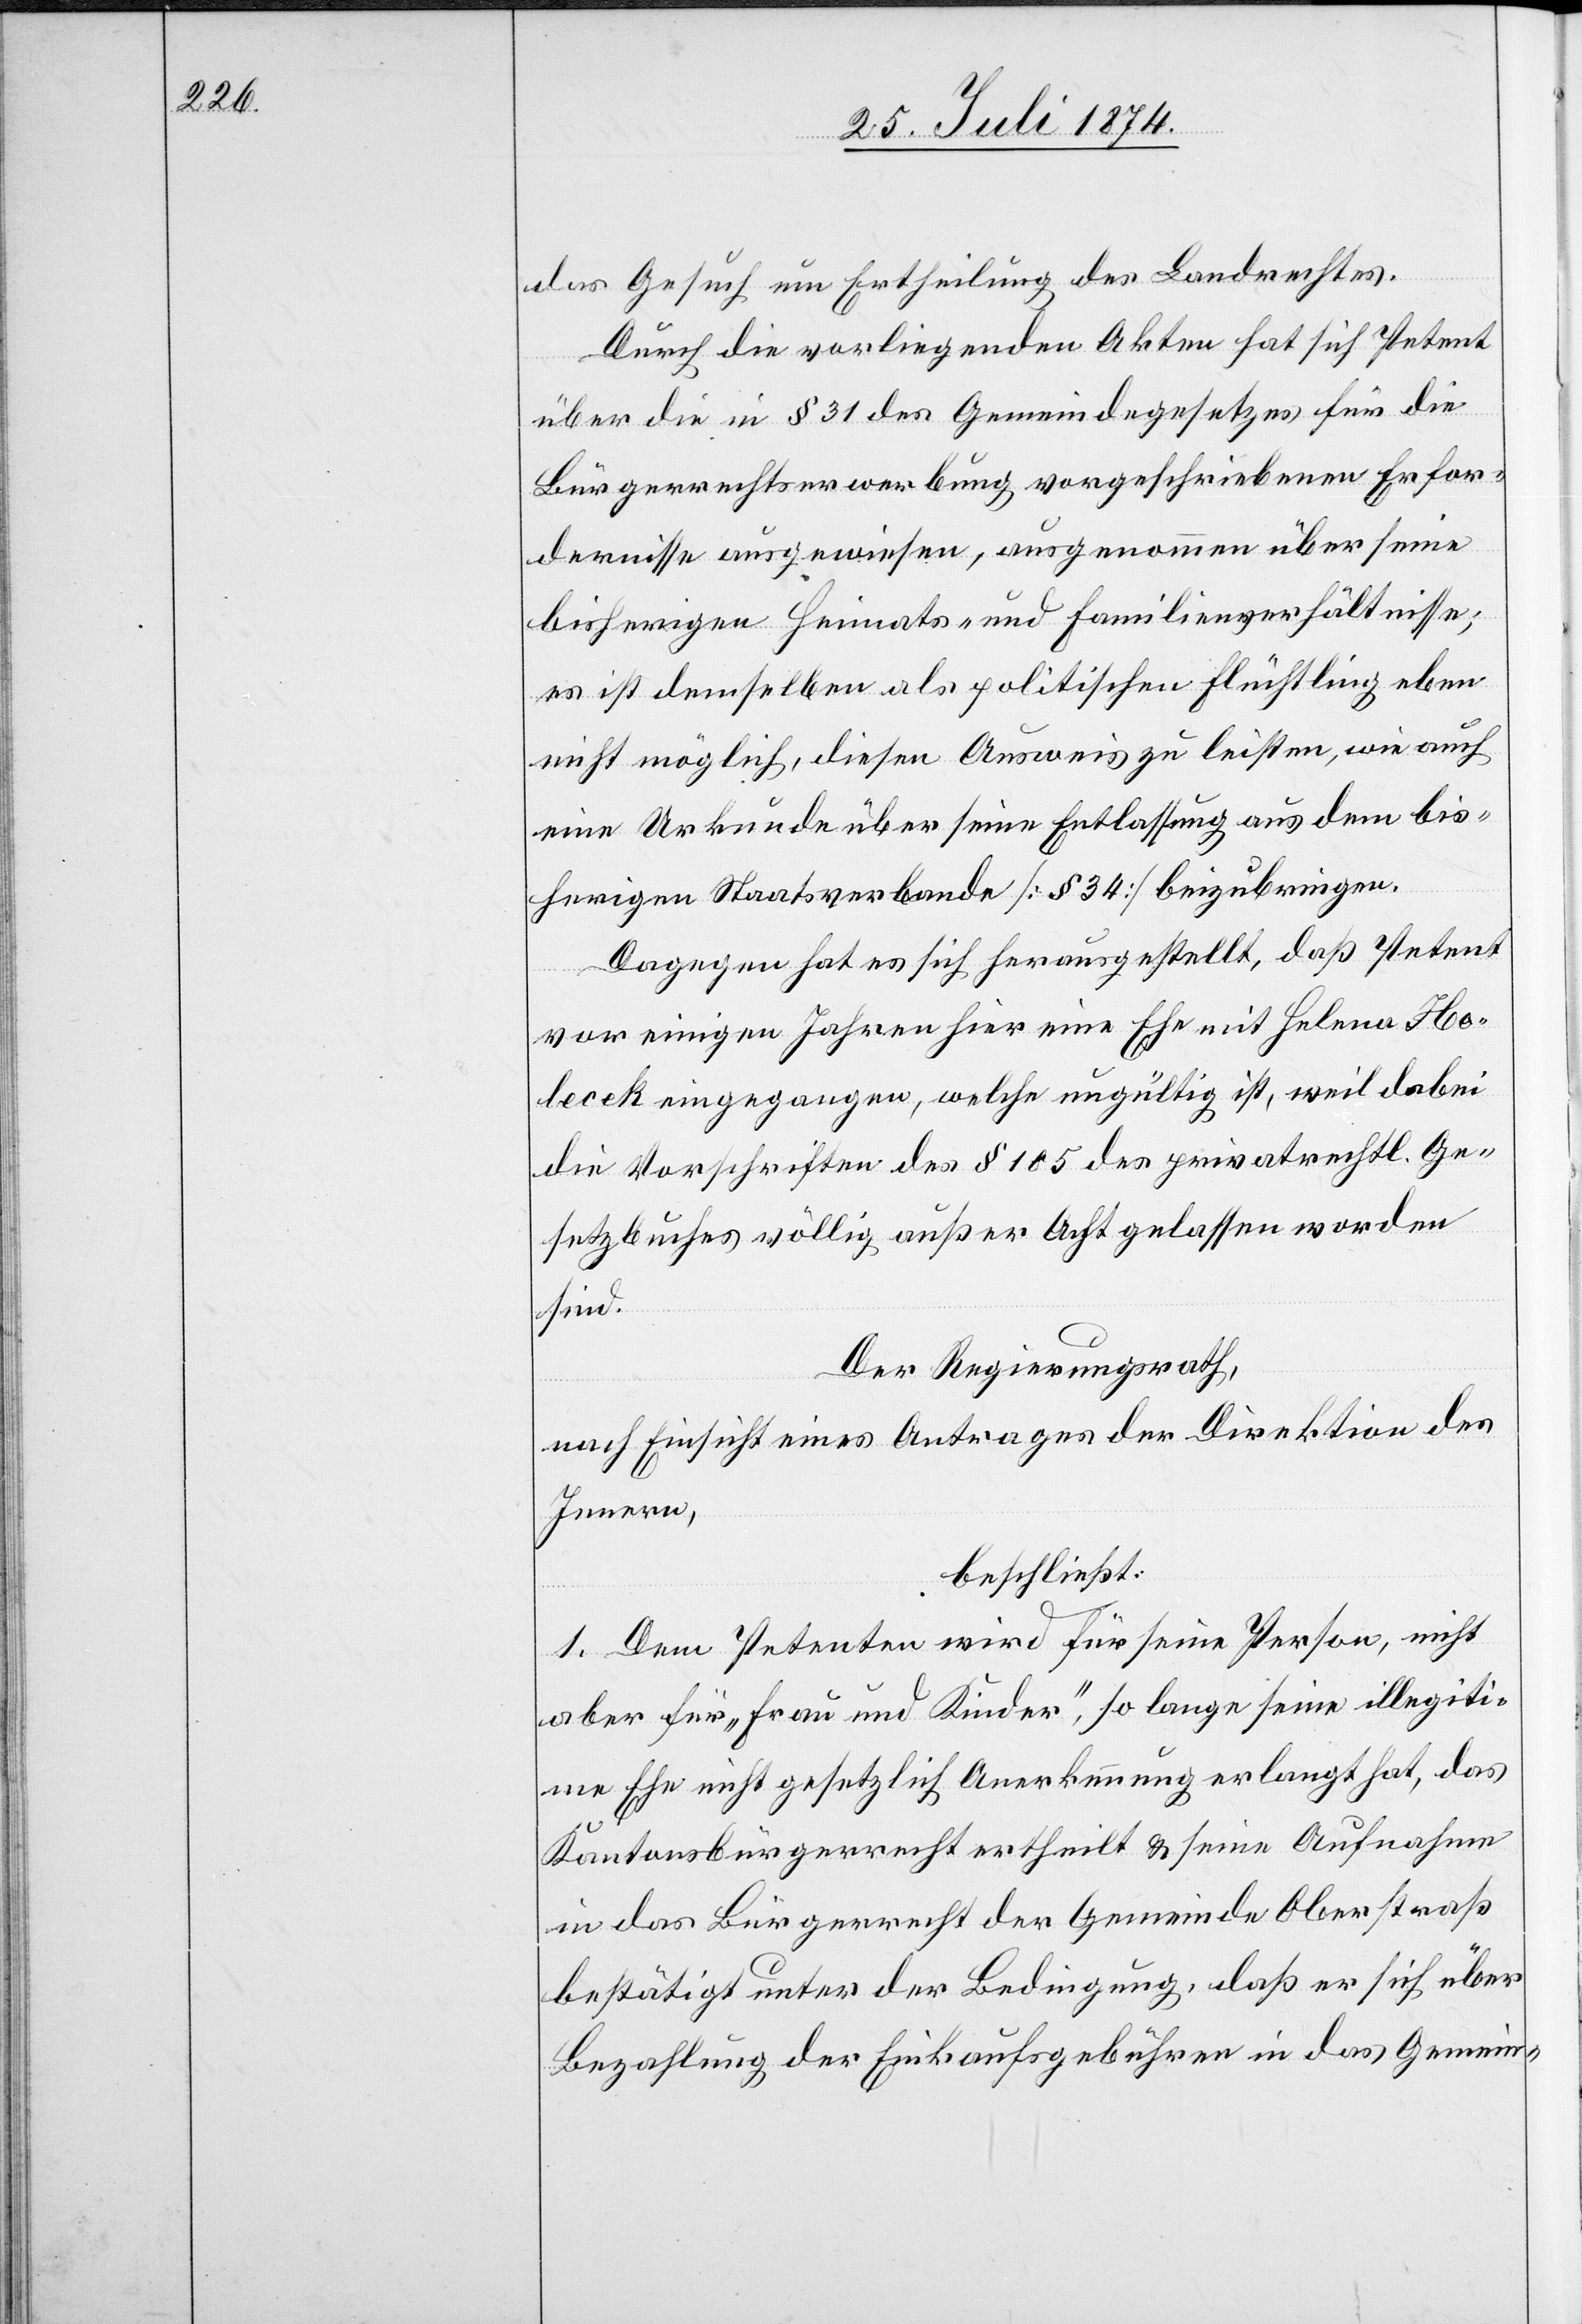
das Gesuch um Ertheilung des Landrechtes.
Durch die vorliegenden Akten hat sich Petent
über die in § 31 des Gemeindegesetzes für die
Bürgerrechtserwerbung vorgeschriebenen Erfor¬
dernisse ausgewiesen, ausgenommen über seine
bisherigen Heimats- und Familienverhältnisse;
es ist demselben als politischen Flüchtling eben
nicht möglich, diesen Ausweis zu leisten, wie auch
eine Urkunde über seine Entlassung aus dem bis¬
herigen Staatsverbande [§ 34] beizubringen.
Dagegen hat es sich herausgestellt, daß Petent
vor einigen Jahren hier eine Ehe mit Helene Ho¬
lecek eingegangen, welche ungültig ist, weil dabei
die Vorschriften des § 105 des privatrechtl. Ge¬
setzbuches völlig außer Achte gelassen worden
sind.
Der Regierungsrath,
nach Einsicht eines Antrages der Direktion des
Innern,
beschließt:
1. Dem Petenten wird für seine Person, nicht
aber für „Frau und Kinder“, so lange seine illegiti¬
me Ehe nicht gesetzlich Anerkennung erlangt hat, das
Kantonsbürgerrecht ertheilt u. seine Aufnahme
in das Bürgerrecht der Gemeinde Oberstraß
bestätigt unter der Bedingung, daß er sich über
Bezahlung der Einkaufsgebühren in das Gemein-